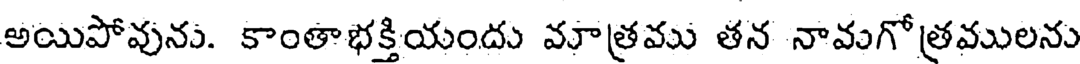
అయిపోవును. కాంతాభక్తియందు మాత్రము తన నామగోత్రములను